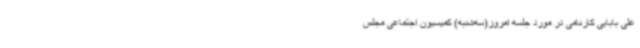
علی بابایی کارنامی در مورد جلسه امروز(سه‌شنبه) کمیسیون اجتماعی مجلس